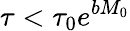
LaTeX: \tau<\tau_{0}e^{bM_{0}}